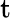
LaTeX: \mathrm{t}